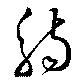
觴